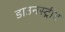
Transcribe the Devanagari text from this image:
डाउनस्ट्रीट